Civil Veterinary Dept. North-West Frontier Province 1923-32 - 1923-1932
Year: 1923
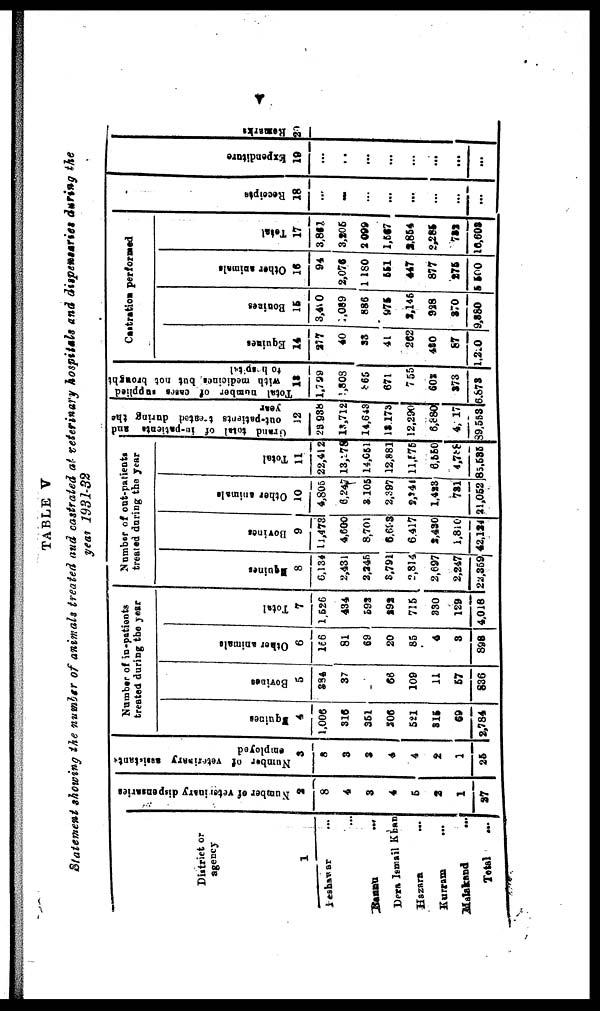
V
TABLE V
Statement showing the number of animals treated and castrated at veterinary hospitals and dispenssaries during the
year 1931-32
District or
agency
1
Peshawar ...
…
Bannu ...
Dera Ismail Khan
Hazara ...
Kurram ...
Malakand …
Total …
Number of veterinary dispensaries
2
8
4
3
4
5
2
1
27
Number of veterinary assistants
employed
3
8
3
3
4
4
2
1
25
Number of in-patients
treated during the year
Equines
4
1,006
316
351
206
521
315
69
2,784
Bovines
5
384
37
66
109
11
57
836
Other animals
6
166
81
69
20
85
4
3
898
Total
7
1,526
434
593
292
715
330
129
4,018
Number of out-patients
treated during the year
Equines
8
6,134
2,431
2,245
3,791
2,814
2,697
2,247
23,359
Bovines
9
11,473
4,600
8,701
6,693
6,417
2,430
1,810
42,124
Other animals
10
4,805
6,247
1,105
2,397
2,241
1,423
731
21,052
Total
11
22,41 2
13,178
14,051
12,881
11,575
6,550
4,788
85,535
Grand
total
of in-patients and
out-patients treatsd
during the
year
12
28 938
13,712
14,648
13.173
12,290
6,880
4, 17
89,553
Total number of cases supplied
with medicines but not brought
to hospital
13
1,799
1,808
865
671
755
602
373
6,873
Castration performed
Equines
14
217
40
33
41
262
480
87
l,220
Bovines
15
3,410
039
886
975
2,145
928
370
9,580
Other animals
16
94
2,076
1 180
551
447
877
276
5 500
Total
17
3,861
3,205
2 099
1,567
2,854
2,285
782
10,603
Recei pt s
18
...
...
…
...
...
...
...
...
Expenditure
19
...
..
...
...
...
...
...
...
Re ma r
ks
20